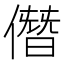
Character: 僭